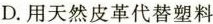
D.用天然皮革代替塑料